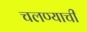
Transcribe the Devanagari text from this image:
चलण्याची